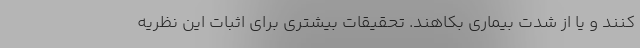
کنند و یا از شدت بیماری بکاهند. تحقیقات بیشتری برای اثبات این نظریه